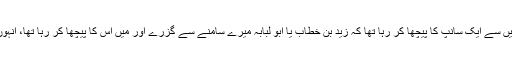
ایک بار میں گھر کے سانپوں میں سے ایک سانپ کا پیچھا کر رہا تھا کہ زید بن خطاب یا ابو لبابہؓ میرے سامنے سے گزرے اور میں اس کا پیچھا کر رہا تھا، انہوں نے کہا کہ اے عبد اللہ ٹھہرو!